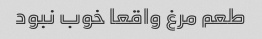
طعم مرغ واقعا خوب نبود